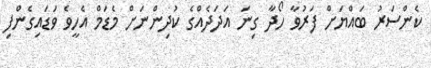
ކެންސަރު ބައްޔަށް ފަރުވާ ހޯދާ ގިނަ އަދަދެއްގެ ކުދިންނަށް މެޑަމް އެހީވެ ވަޑައިގެންފި